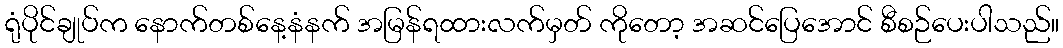
ရုံပိုင်ချုပ်က နောက်တစ်နေ့နံနက် အမြန်ရထားလက်မှတ် ကိုတော့ အဆင်ပြေအောင် စီစဉ်ပေးပါသည်။